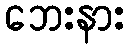
ဘေးနား